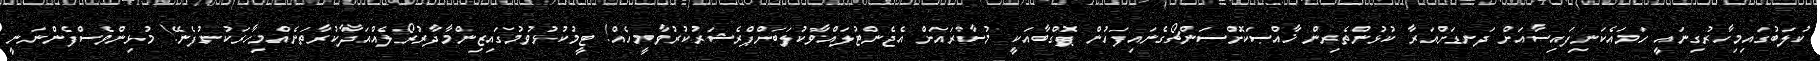
ކުލަބުގައިމިހާރުގިނައީ ހަމައެކަނިފައިސާއަށް ދަނޑަށްއަރާ ކުޅުންތެރިން ޚާއްޞަކޮށްސަންޗޯގެނައިފަހުން ޕޮގްބާއަކީ މުސާރައަށް އެޖެންޓުލައްވާކުލަބަށްޕްރެޝަރުކުރުވާމީހެއް! ޓީމުކުޅުވުމުގައިޒިންމާދާރުރޯލެއްއަދާކުރާތަނެއްމިހާރަކުނުފެނޭ! މުޅިންވެސްފެންނަނީ